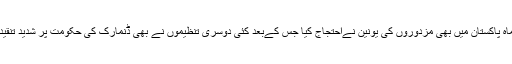
اس ماہ پاکستان میں بھی مزدوروں کی یونین نےاحتجاج کیا جس کےبعد کئی دوسری تنظیموں نے بھی ڈنمارک کی حکومت پر شدید تنقید کی۔